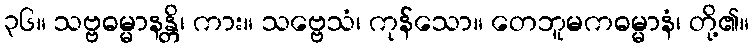
၃၆။ သဗ္ဗဓမ္မာနန္တိ၊ ကား။ သဗ္ဗေသံ၊ ကုန်သော။ တေဘူမကဓမ္မာနံ၊ တို့၏။